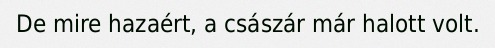
De mire hazaért, a császár már halott volt.